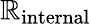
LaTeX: \mathbb{R}_{\mathrm{{internal}}}